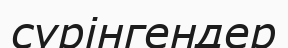
сүрінгендер